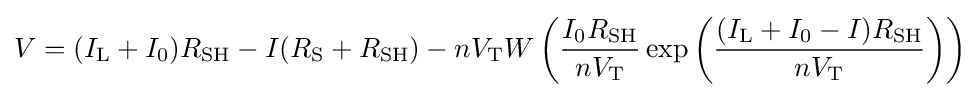
V=(I_{\text{L}}+I_{0})R_{\text{SH}}-I(R_{\text{S}}+R_{\text{SH}})-nV_{\text{T}}W\left({\frac {I_{0}R_{\text{SH}}}{nV_{\text{T}}}}\exp \left({\frac {(I_{\text{L}}+I_{0}-I)R_{\text{SH}}}{nV_{\text{T}}}}\right)\right)